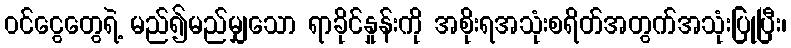
၀င်ငွေတွေရဲ့ မည်၍မည်မျှသော ရာခိုင်နှုန်းကို အစိုးရအသုံးစရိတ်အတွက်အသုံးပြုပြီး၊